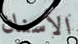
الأسنان